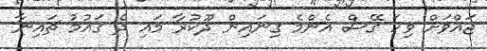
ޖައްވަށް ވިހަ ގޭސް އެންމެ ގިނައިން ދޫކުރާ މައި ދެ ގައުމު ޗައިނާ